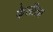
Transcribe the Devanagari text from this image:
केलीला